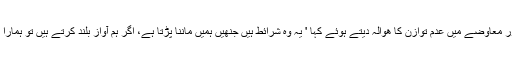
انہوں نے ہالی وڈ میں صنفی تعصب اور معاوضے میں عدم توازن کا ھوالہ دیتے ہوئے کہا ' یہ وہ شرائط ہیں جنھیں ہمیں ماننا پڑتا ہے، اگر ہم آواز بلند کرتے ہیں تو ہمارا روزگار خطرے کی زد میں آجاتا ہے'۔